Leaving Certificate Examination, 1925
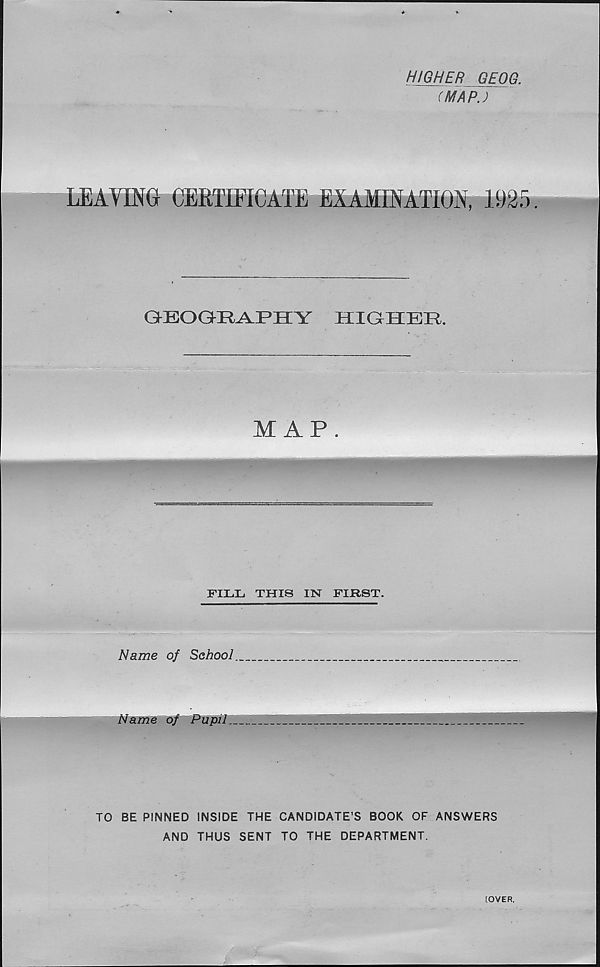
HIGHER GEOG.
(MAP.)
LEAVING CERTIFICATE EXAMINATION, 1925.
GEOGRAPHY
HIGHER.
MAP.
FILL THIS IN FIRST.
Name of School..
Name of Pupil.
TO BE PINNED INSIDE THE CANDIDATE’S BOOK OF ANSWERS
AND THUS SENT TO THE DEPARTMENT.
[OVER,
V ' • *-?•*--